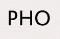
PHO